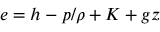
e = h - p / \rho + K + g z